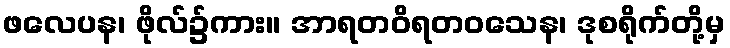
ဖလေပန၊ ဖိုလ်၌ကား။ အာရတဝိရတဝသေန၊ ဒုစရိုက်တို့မှ